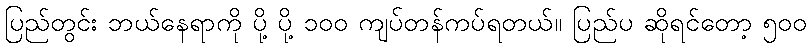
ပြည်တွင်း ဘယ်နေရာကို ပို့ ပို့ ၁၀၀ ကျပ်တန်ကပ်ရတယ်။ ပြည်ပ ဆိုရင်တော့ ၅၀၀